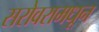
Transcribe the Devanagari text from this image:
सरोवरामधून